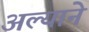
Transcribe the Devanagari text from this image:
अल्याने